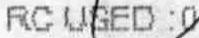
RC USED :0